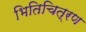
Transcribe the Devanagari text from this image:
भितिचित्रण